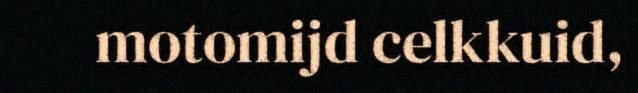
motomijd celkkuid,